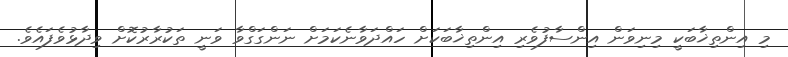
މި އިންތިޚާބަކީ މިނިވަން އިންސާފުވެރި އިންތިޚާބަކަށް ހައްދަވާނެކަމަށް ނަންގަގްވާ ވަނީ ތަކުރާރުކޮށް ވިދާޅުވެފައެވެ.